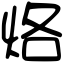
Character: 烙